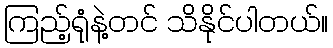
ကြည့်ရုံနဲ့တင် သိနိုင်ပါတယ်။